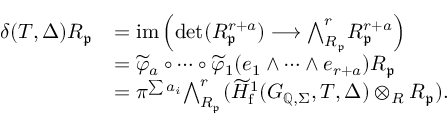
\begin{array} { r l } { \delta ( T , \Delta ) R _ { \mathfrak { p } } } & { = \mathrm { i m } \left( \operatorname* { d e t } ( R _ { \mathfrak { p } } ^ { r + a } ) \longrightarrow { \bigwedge } _ { R _ { \mathfrak { p } } } ^ { r } R _ { \mathfrak { p } } ^ { r + a } \right) } \\ & { = \widetilde { \varphi } _ { a } \circ \cdots \circ \widetilde { \varphi } _ { 1 } ( e _ { 1 } \wedge \cdots \wedge e _ { r + a } ) R _ { \mathfrak { p } } } \\ & { = \pi ^ { \sum a _ { i } } { \bigwedge } _ { R _ { \mathfrak { p } } } ^ { r } ( \widetilde { H } _ { \mathrm { f } } ^ { 1 } ( G _ { \mathbb { Q } , \Sigma } , T , \Delta ) \otimes _ { R } R _ { \mathfrak { p } } ) . } \end{array}